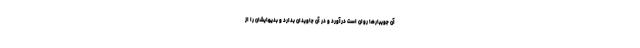
آن جويبارها روان است درآورد و در آن جاويدان بدارد و بديهايشان را از